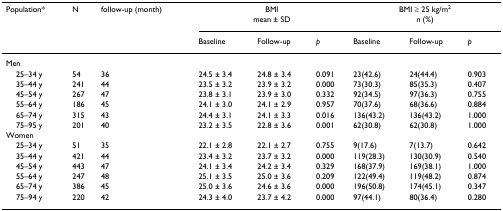
<table><thead><tr><td><b>Population*</b></td><td><b>N</b></td><td><b>follow-up (month)</b></td><td colspan="3"><b>BMI</b></td><td colspan="3"><b>BMI ≥ 25 kg/m<sup>2</sup></b></td></tr><tr><td></td><td></td><td></td><td colspan="3"><b>mean ± SD</b></td><td colspan="3"><b><i>n </i>(%)</b></td></tr><tr><td></td><td></td><td></td><td><b>Baseline</b></td><td><b>Follow-up</b></td><td><b><i>p</i></b></td><td><b>Baseline</b></td><td><b>Follow-up</b></td><td><b><i>p</i></b></td></tr></thead><tbody><tr><td>Men</td><td></td><td></td><td></td><td></td><td></td><td></td><td></td><td></td></tr><tr><td> 25–34 y</td><td>54</td><td>36</td><td>24.5 ± 3.4</td><td>24.8 ± 3.4</td><td>0.091</td><td>23(42.6)</td><td>24(44.4)</td><td>0.903</td></tr><tr><td> 35–44 y</td><td>241</td><td>44</td><td>23.5 ± 3.2</td><td>23.9 ± 3.2</td><td>0.000</td><td>73(30.3)</td><td>85(35.3)</td><td>0.407</td></tr><tr><td> 45–54 y</td><td>267</td><td>47</td><td>23.8 ± 3.1</td><td>23.9 ± 3.0</td><td>0.332</td><td>92(34.5)</td><td>97(36.3)</td><td>0.755</td></tr><tr><td> 55–64 y</td><td>186</td><td>45</td><td>24.1 ± 3.0</td><td>24.1 ± 2.9</td><td>0.957</td><td>70(37.6)</td><td>68(36.6)</td><td>0.884</td></tr><tr><td> 65–74 y</td><td>315</td><td>43</td><td>24.4 ± 3.1</td><td>24.1 ± 3.3</td><td>0.016</td><td>136(43.2)</td><td>136(43.2)</td><td>1.000</td></tr><tr><td> 75–95 y</td><td>201</td><td>40</td><td>23.2 ± 3.5</td><td>22.8 ± 3.6</td><td>0.001</td><td>62(30.8)</td><td>62(30.8)</td><td>1.000</td></tr><tr><td>Women</td><td></td><td></td><td></td><td></td><td></td><td></td><td></td><td></td></tr><tr><td> 25–34 y</td><td>51</td><td>35</td><td>22.1 ± 2.8</td><td>22.1 ± 2.7</td><td>0.755</td><td>9(17.6)</td><td>7(13.7)</td><td>0.642</td></tr><tr><td> 35–44 y</td><td>421</td><td>44</td><td>23.4 ± 3.2</td><td>23.7 ± 3.2</td><td>0.000</td><td>119(28.3)</td><td>130(30.9)</td><td>0.540</td></tr><tr><td> 45–54 y</td><td>443</td><td>47</td><td>24.1 ± 3.4</td><td>24.2 ± 3.4</td><td>0.329</td><td>168(37.9)</td><td>169(38.1)</td><td>1.000</td></tr><tr><td> 55–64 y</td><td>247</td><td>48</td><td>25.1 ± 3.5</td><td>25.0 ± 3.6</td><td>0.209</td><td>122(49.4)</td><td>119(48.2)</td><td>0.874</td></tr><tr><td> 65–74 y</td><td>386</td><td>45</td><td>25.0 ± 3.6</td><td>24.6 ± 3.6</td><td>0.000</td><td>196(50.8)</td><td>174(45.1)</td><td>0.347</td></tr><tr><td> 75–94 y</td><td>220</td><td>42</td><td>24.3 ± 4.0</td><td>23.7 ± 4.2</td><td>0.000</td><td>97(44.1)</td><td>80(36.4)</td><td>0.280</td></tr></tbody></table>